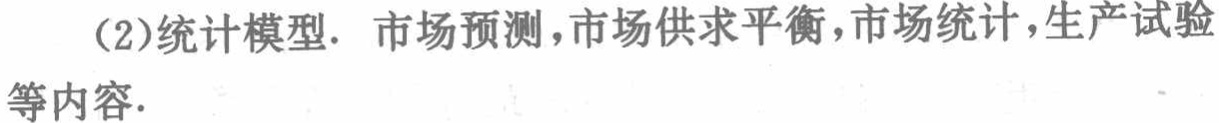
(2)统计模型. 市场预测,市场供求平衡,市场统计,生产试验等内容.